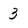
Character: 3